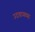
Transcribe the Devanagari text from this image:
उदवायच्या